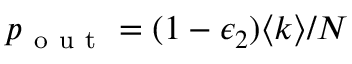
p _ { \mathrm { ~ o ~ u ~ t ~ } } = ( 1 - \epsilon _ { 2 } ) \langle k \rangle / N